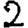
Digit: 2